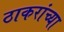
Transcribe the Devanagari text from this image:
ठाकरांच्या